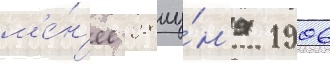
м'е́н'ее 28 иу́н'я 1906